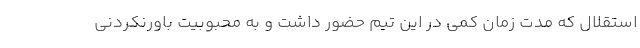
استقلال که مدت زمان کمی در این تیم حضور داشت و به محبوبیت باورنکردنی